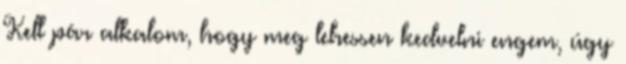
Kell pár alkalom, hogy meg lehessen kedvelni engem, úgy